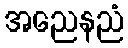
အညေနညံ